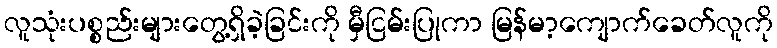
လူသုံးပစ္စည်းများတွေ့ရှိခဲ့ခြင်းကို မှီငြမ်းပြုကာ မြန်မာ့ကျောက်ခေတ်လူကို